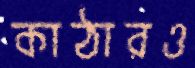
কাঠারও